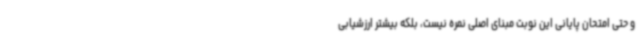
و حتی امتحان پایانی این نوبت مبنای اصلی نمره نیست، بلکه بیشتر ارزشیابی